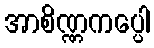
အာစိဏ္ဏကပ္ပေါ